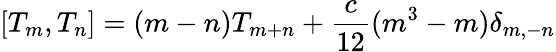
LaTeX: [T_{m},T_{n}]=(m-n)T_{m+n}+{\frac{c}{12}}(m^{3}-m)\delta_{m,-n}